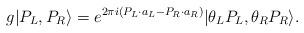
LaTeX: \begin{align*}g|P_L,P_R\rangle = e^{2\pi i (P_L\cdot a_L - P_R \cdot a_R)} |\theta_L P_L ,\theta_R P_R\rangle.\end{align*}